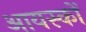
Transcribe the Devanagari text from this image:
आयस्कों